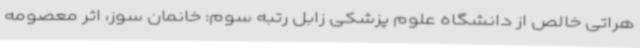
هراتی خالص از دانشگاه علوم پزشکی زابل رتبه سوم: خانمان سوز، اثر معصومه